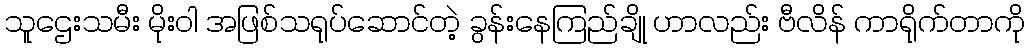
သူဌေးသမီး မိုးဝါ အဖြစ်သရုပ်ဆောင်တဲ့ ခွန်းနေကြည်ချို ဟာလည်း ဗီလိန် ကာရိုက်တာကို